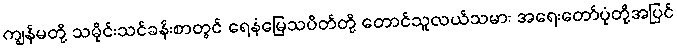
ကျွန်မတို့ သမိုင်းသင်ခန်းစာတွင် ရေနံမြေသပိတ်တို့ တောင်သူလယ်သမား အရေးတော်ပုံတို့အပြင်